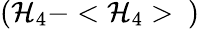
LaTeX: \left(\mathcal{H}_{4}-<\mathcal{H}_{4}>\ \right)